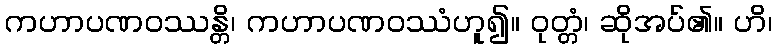
ကဟာပဏဝဿန္တိ၊ ကဟာပဏဝဿံဟူ၍။ ဝုတ္တံ၊ ဆိုအပ်၏။ ဟိ၊